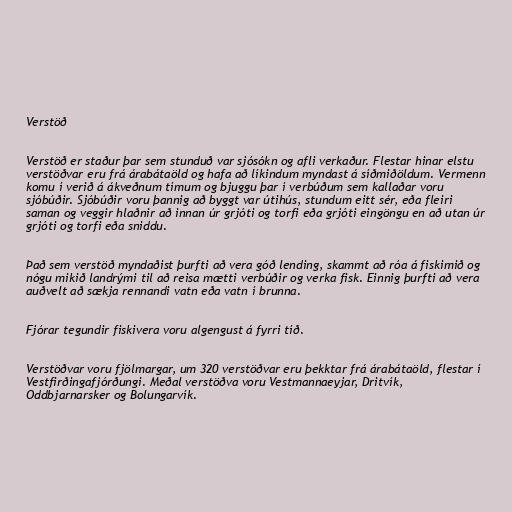
Verstöð

Verstöð er staður þar sem stunduð var sjósókn og afli verkaður. Flestar hinar elstu
verstöðvar eru frá árabátaöld og hafa að líkindum myndast á síðmiðöldum. Vermenn
komu í verið á ákveðnum tímum og bjuggu þar í verbúðum sem kallaðar voru
sjóbúðir. Sjóbúðir voru þannig að byggt var útihús, stundum eitt sér, eða fleiri
saman og veggir hlaðnir að innan úr grjóti og torfi eða grjóti eingöngu en að utan úr
grjóti og torfi eða sniddu.

Það sem verstöð myndaðist þurfti að vera góð lending, skammt að róa á fiskimið og
nógu mikið landrými til að reisa mætti verbúðir og verka fisk. Einnig þurfti að vera
auðvelt að sækja rennandi vatn eða vatn í brunna.

Fjórar tegundir fiskivera voru algengust á fyrri tíð.

Verstöðvar voru fjölmargar, um 320 verstöðvar eru þekktar frá árabátaöld, flestar í
Vestfirðingafjórðungi. Meðal verstöðva voru Vestmannaeyjar, Dritvík,
Oddbjarnarsker og Bolungarvík.